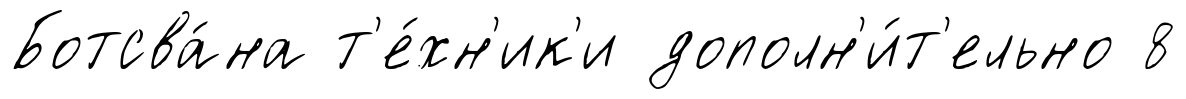
Ботсва́на т'е́хн'ик'и дополн'и́т'ельно 8